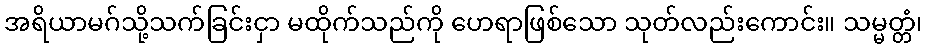
အရိယာမဂ်သို့သက်ခြင်းငှာ မထိုက်သည်ကို ဟေရာဖြစ်သော သုတ်လည်းကောင်း။ သမ္မတ္တံ၊